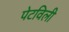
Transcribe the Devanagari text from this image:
पेटविली